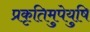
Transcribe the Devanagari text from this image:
प्रकृतिमुपेयुषि